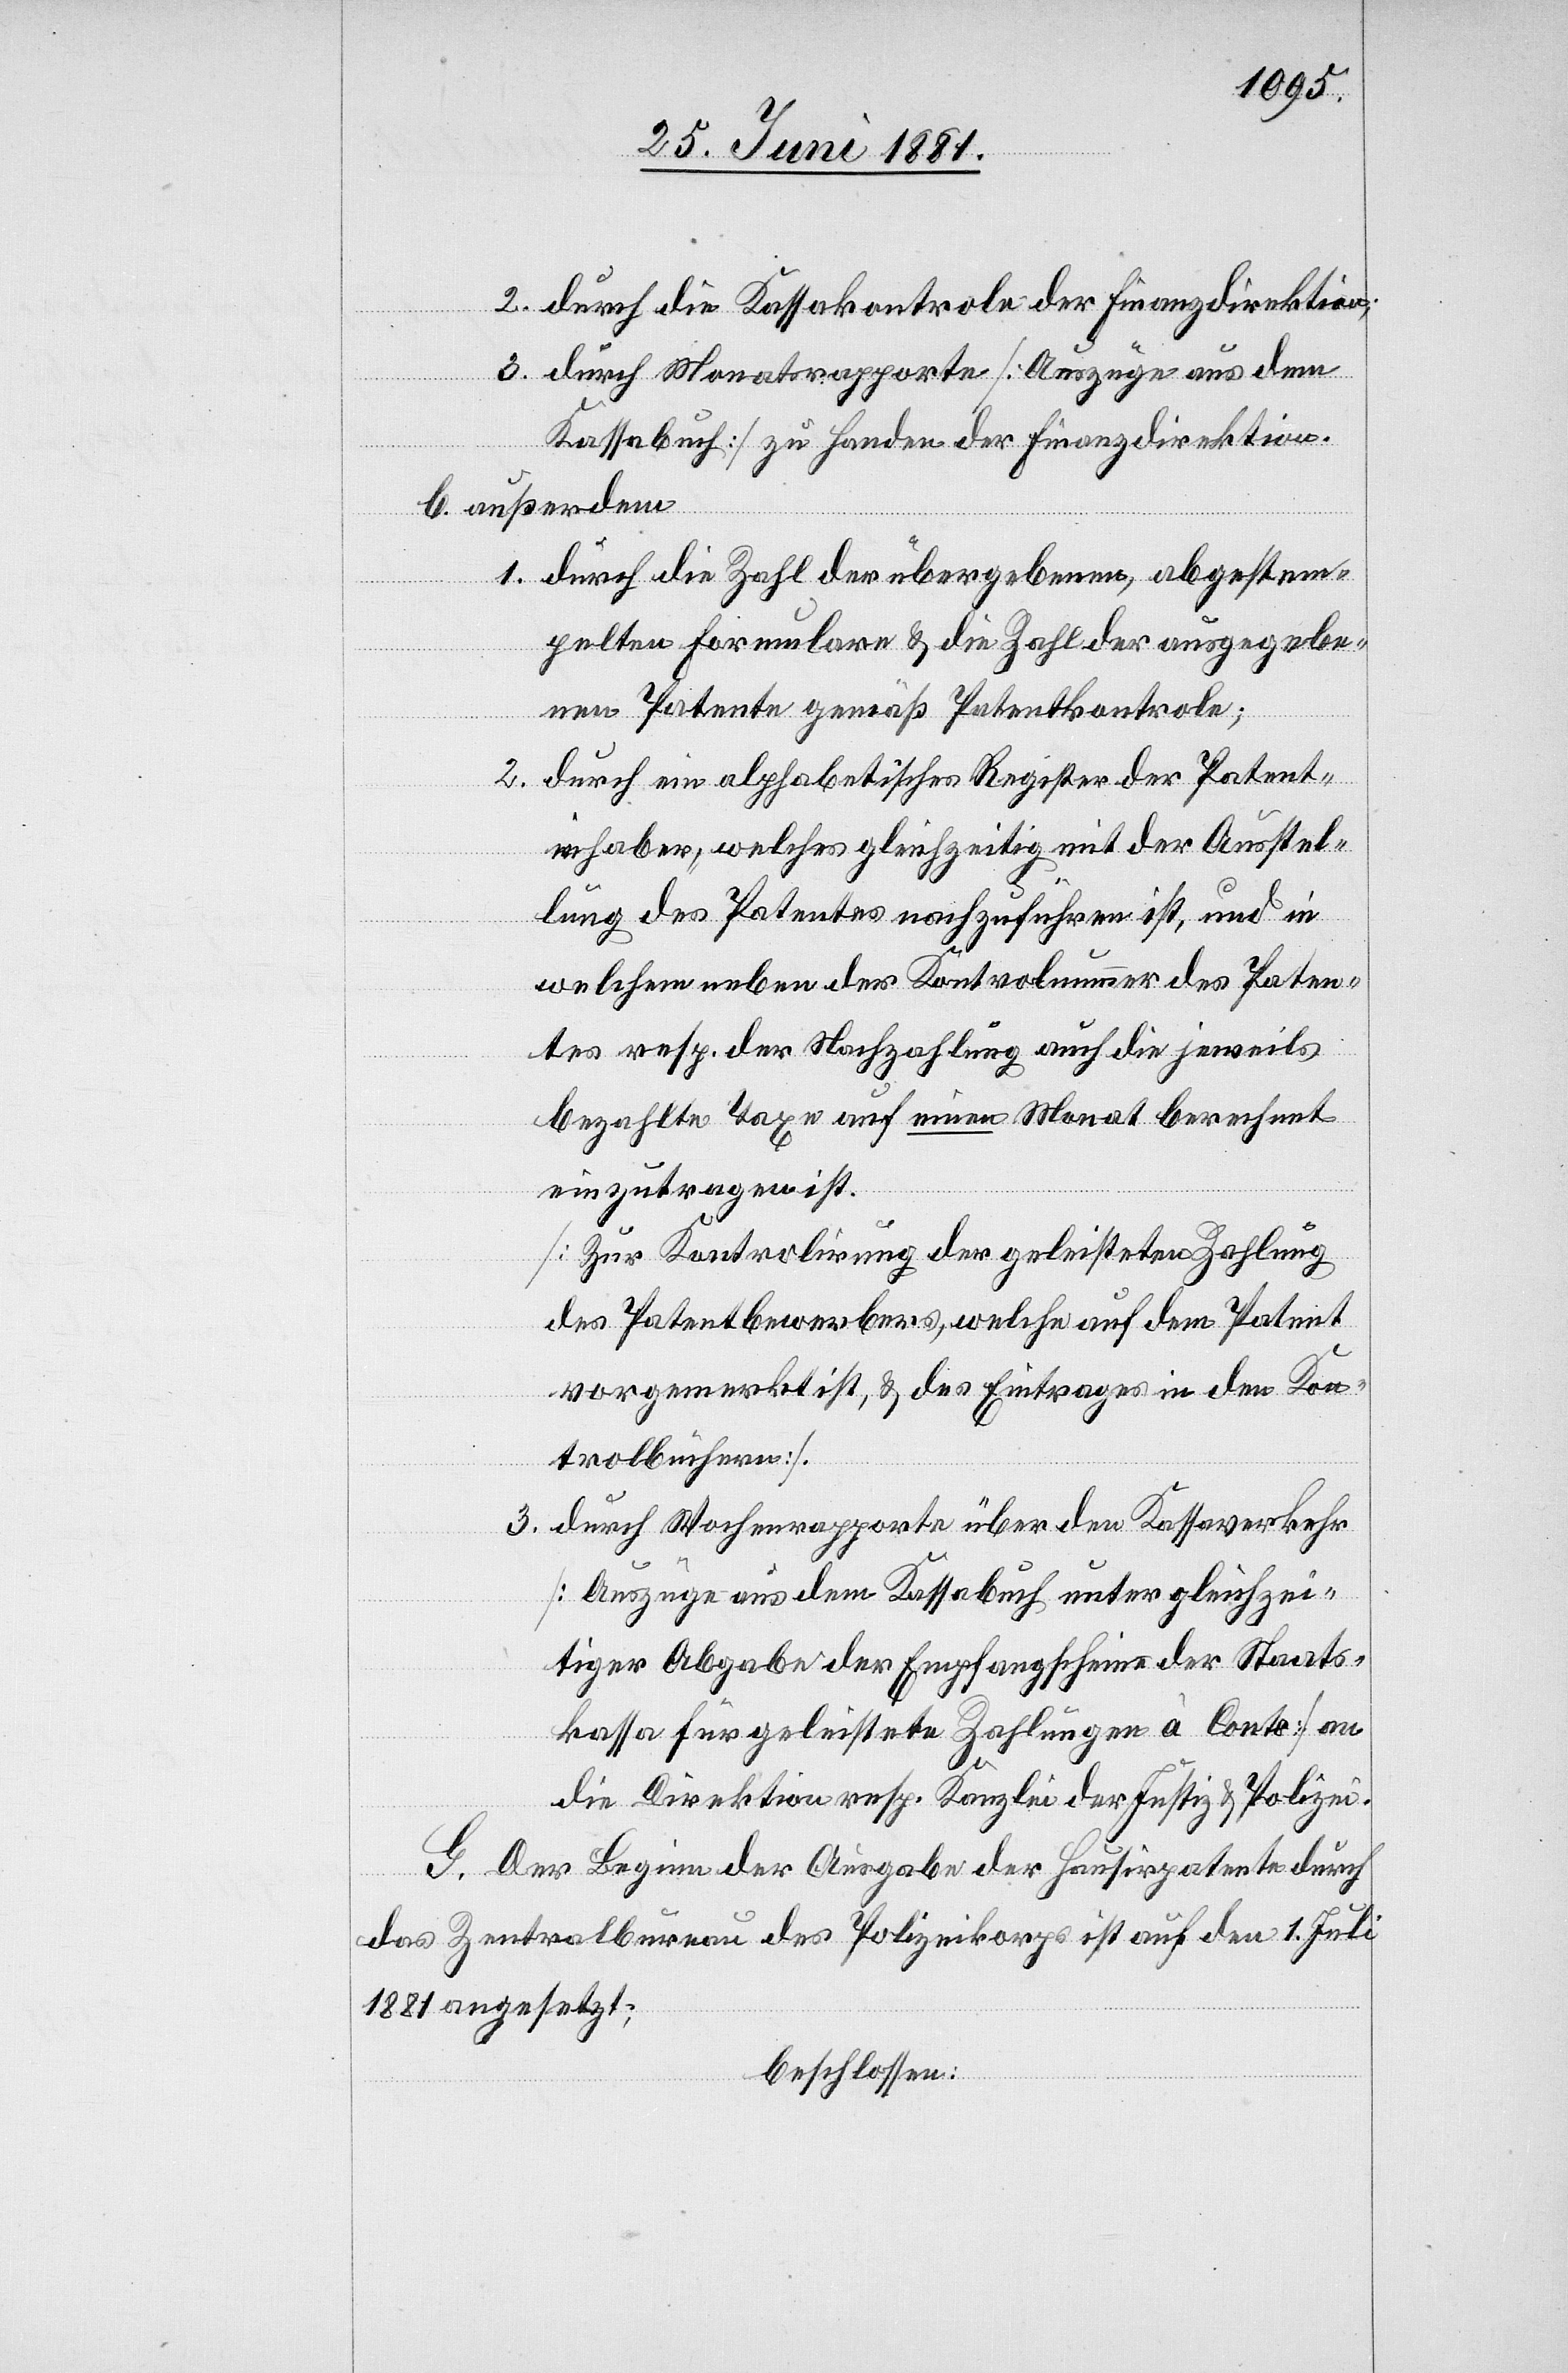
2. durch die Kassakontrole der Finanzdirektion;
3. durch Monatsrapporte [Auszüge aus dem
Kassabuch] zu Handen der Finanzdirektion.
b. außerdem
1. durch die Zahl der übergebenen, abgestem¬
pelten Formulare & die Zahl der ausgegebe¬
nen Patente gemäß Patentkontrole;
2. durch ein alphabetisches Register der Patent¬
inhaber, welches gleichzeitig mit der Ausstel¬
lung des Patentes nachzuführen ist, und in
welchem neben der Kontrolnummer des Paten¬
tes resp. der Nachzahlung auch die jeweils
bezahlte Taxe auf einen Monat berechnet
einzutragen ist.
[Zur Kontrolirung der geleisteten Zahlung
des Patentbewerbers, welche auf dem Patent
vorgemerkt ist, & des Eintrages in den Kon¬
trolbüchern].
3. durch Wochenrapporte über den Kassaverkehr
[Auszüge aus dem Kassabuch unter gleichzei¬
tiger Abgabe der Empfangsscheine der Staats¬
kassa für geleistete Zahlungen à Conto] an
die Direktion resp. Kanzlei der Justiz & Polizei.
G. Der Beginn der Ausgabe der Hausirpatenten durch
das Zentralbureau des Polizeikorps ist auf den 1. Juli
1881 angesetzt;
beschlossen: